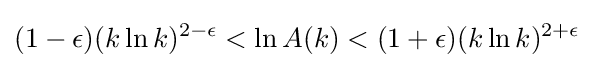
(1-\epsilon )(k\ln k)^{2-\epsilon }<\ln A(k)<(1+\epsilon )(k\ln k)^{2+\epsilon }